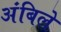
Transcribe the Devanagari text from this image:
अंबिले